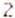
2